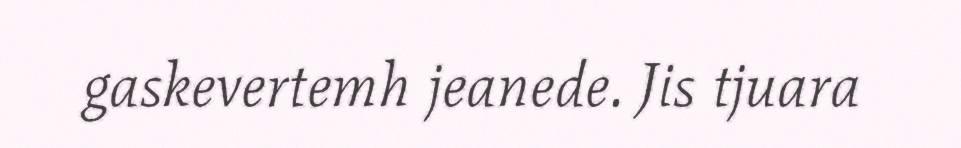
gaskevertemh jeanede. Jis tjuara